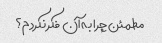
مطمئن چرا به آن فکر نکردم؟